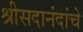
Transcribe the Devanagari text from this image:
श्रीसदानंदांचे